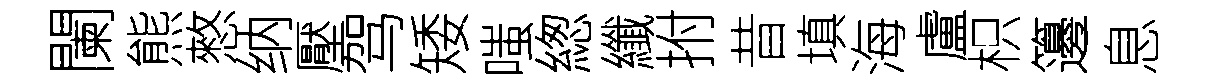
闌熊憗纳壓驾矮嗤緫纖拊昔填海盧枳籩息